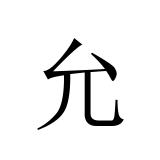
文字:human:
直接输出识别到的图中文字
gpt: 允